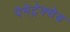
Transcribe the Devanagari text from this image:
पेमेट्रेक्सेड